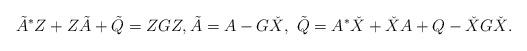
LaTeX: \begin{align*} \tilde{A}^*Z + Z\tilde{A} + \tilde{Q} =ZGZ, \tilde{A}=A-G\check{X},~\tilde{Q}=A^*\check{X} + \check{X} A + Q - \check{X} G \check{X}.\end{align*}